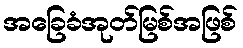
အခြေခံအုတ်မြစ်အဖြစ်